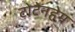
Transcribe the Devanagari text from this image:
टोटेनहेम